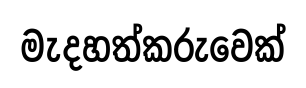
මැදහත්කරුවෙක්